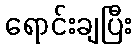
ရောင်းချပြီး